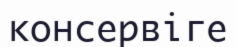
консервіге